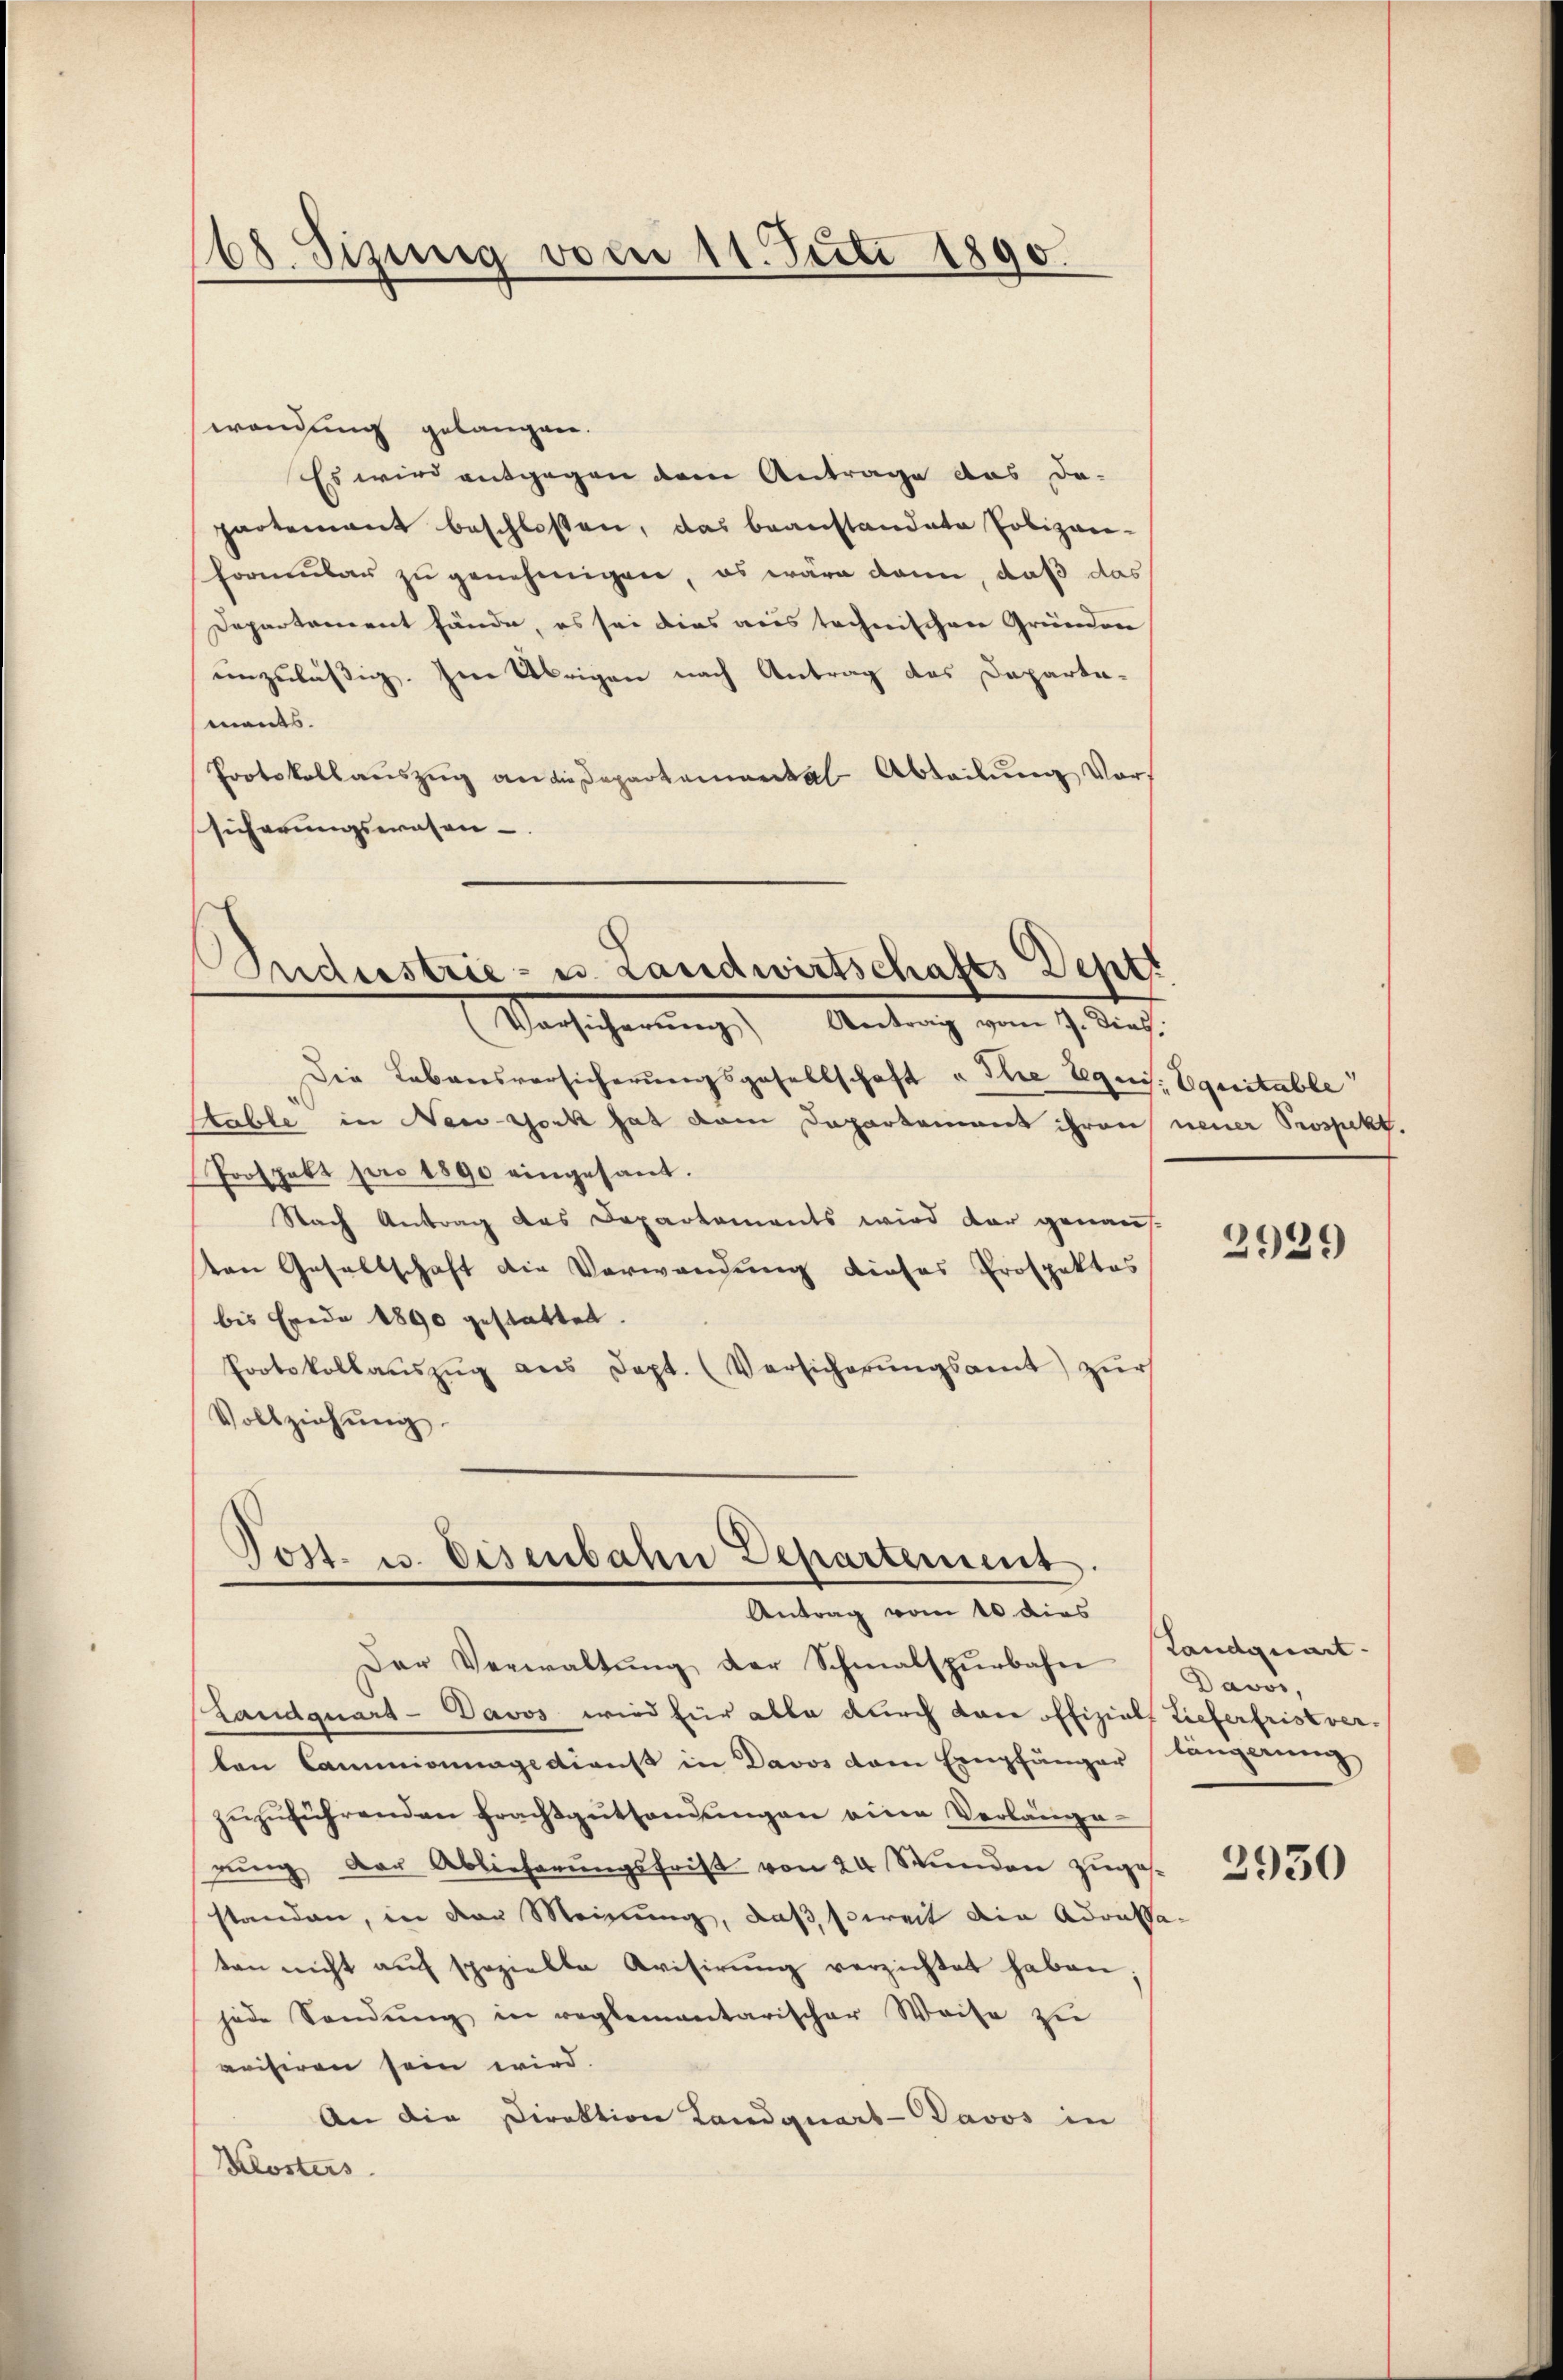
168. Sizung vom 11. Juli 1890.

wendung gelangen.
Es wird entgegen dem Antrage das da-
partement beschloßen, das beanstandete Polizan-
formular zu genehmigen, es wäre dann, daß das
Departement fände, es sei dies aus technischen Gründen
einzuläßig. Im Übrigen nach Antrag des Departa-
ments.
Protokollanszŭg an die Departemental Abteilung Vort
sicherungswesen-

Budustrie- u. Landwirtschafts Deptt
(Vorsicherŭng Antrag vom 7. Dies

Post. u. Eisenbahn Departement.
Antrag vom 10 dies

Die Lebensversicherungsgesellschaft u Ihre Requis. Equitable
Stable in New-York hat dem Departement ihren neuer Prospekt.
Prospekt pro 1890 eingesant.
Nach Antrag des Departements wird dar genaus-
on Gesellschaft die Verwandung dieses Prospektos
bis Erede 1890 gestattet.
Protokollaŭszŭg ans Sept. (Versicherŭngsamt zŭr
Vollziehŭng

Der Verwaltŭng der Schmalspurbahn
Landquart - Davos wird für able durch dann offizials Tieferfristverten Commionnagedienst in Davos dem Empfänger längerung
zŭzŭführenden Frachtgethandŭngen eine Verlänge
rŭng der Ablieferungsfrist von 24 Stunden zugesstanden, in der Meinung, daß soweit die Adressaten nicht auf spezielle Avisirung verzichtet haben
jede Sendung in reglementarischer Weise zu
vrisiren sein wird.
An die Direktion Landquart-Davos in
Klosters

2929

Tandquart.
Davos,

2930